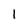
Character: 1